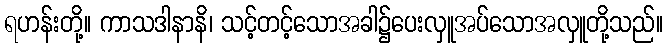
ရဟန်းတို့။ ကာသဒါနာနိ၊ သင့်တင့်သောအခါ၌ပေးလှူအပ်သောအလှူတို့သည်။